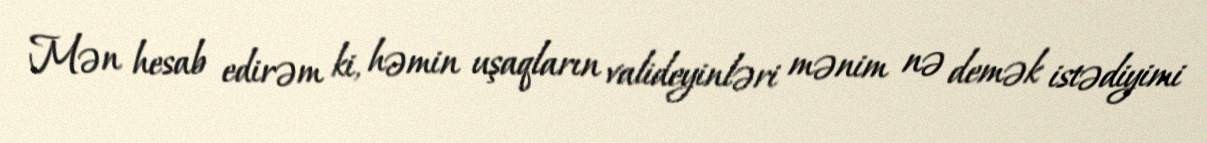
Mən hesab edirəm ki, həmin uşaqların valideyinləri mənim nə demək istədiyimi